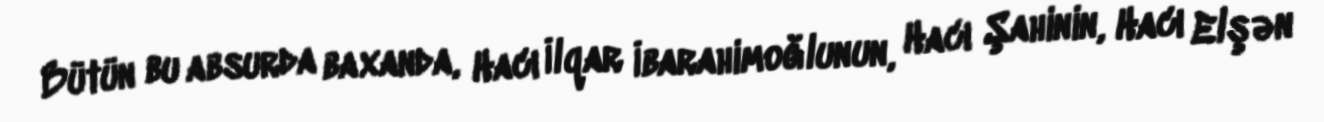
Bütün bu absurda baxanda, Hacı İlqar İbarahimoğlunun, Hacı Şahinin, Hacı Elşən